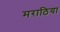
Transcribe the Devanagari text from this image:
मराठिया